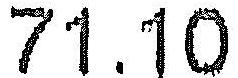
71.10